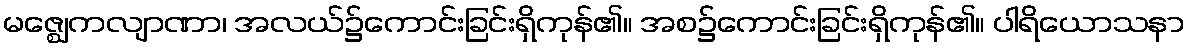
မဇ္ဈေကလျာဏာ၊ အလယ်၌ကောင်းခြင်းရှိကုန်၏။ အစ၌ကောင်းခြင်းရှိကုန်၏။ ပါရိယောသနာ